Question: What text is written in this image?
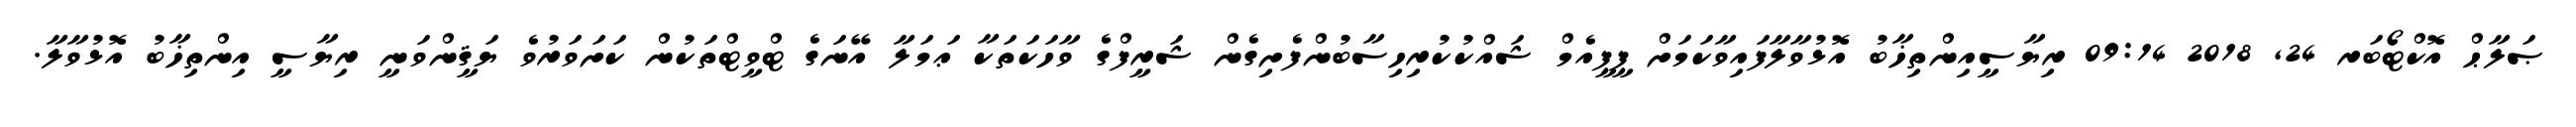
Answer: ޞަލާޙް އޮކްޓޯބަރ 24, 2018 09:14 ރިޔާސީއިންތިޚާބު އޮޅުވާލާފައިވާކަމަށް ޕީޕީއެމް ޝައްކުކުރިހިސާބުންފެށިގެން ޝަރީފްގެ ވާހަކަތަކާ ޢަމަލާ އޭނަގެ ޓްވީޓްތަކުން ކަށަވަރުވެ ޔަޤީންވަނީ ރިޔާސީ އިންތިޚާބު އޮޅުވާލާ.